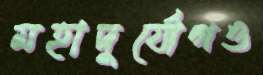
মহাদুর্যোগও